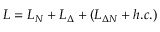
{ \cal L } = { \cal L } _ { N } + { \cal L } _ { \Delta } + \left( { \cal L } _ { \Delta N } + h . c . \right)